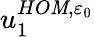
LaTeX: u_{1}^{HO\mathit{M},\varepsilon_{0}}